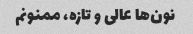
نون‌ها عالی و تازه، ممنونم